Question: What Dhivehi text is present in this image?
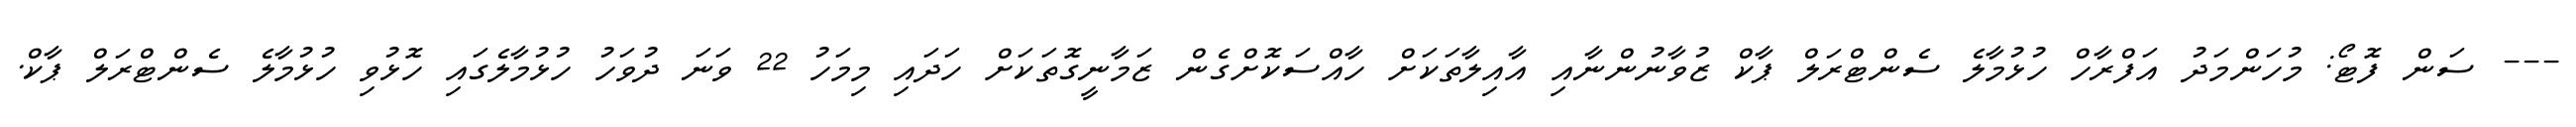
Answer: --- ސަން ފޮޓޯ: މުހަންމަދު އަފްރާހް ހުޅުމާލެ ސެންޓްރަލް ޕާކް ޒުވާނުންނާއި އާއިލާތަކަށް ހާއްސަކޮށްގެން ޒަމާނީގޮތަކަށް ހަދައި މިމަހު 22 ވަނަ ދުވަހު ހުޅުމާލެގައި ހޮޅުވި ހުޅުމާލެ ސެންޓްރަލް ޕާކް.